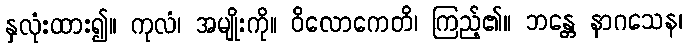
နှလုံးထား၍။ ကုလံ၊ အမျိုးကို။ ဝိလောကေတိ၊ ကြည့်၏။ ဘန္တေ နာဂသေန၊